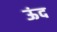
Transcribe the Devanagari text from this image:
ऊंद